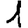
Digit: 1